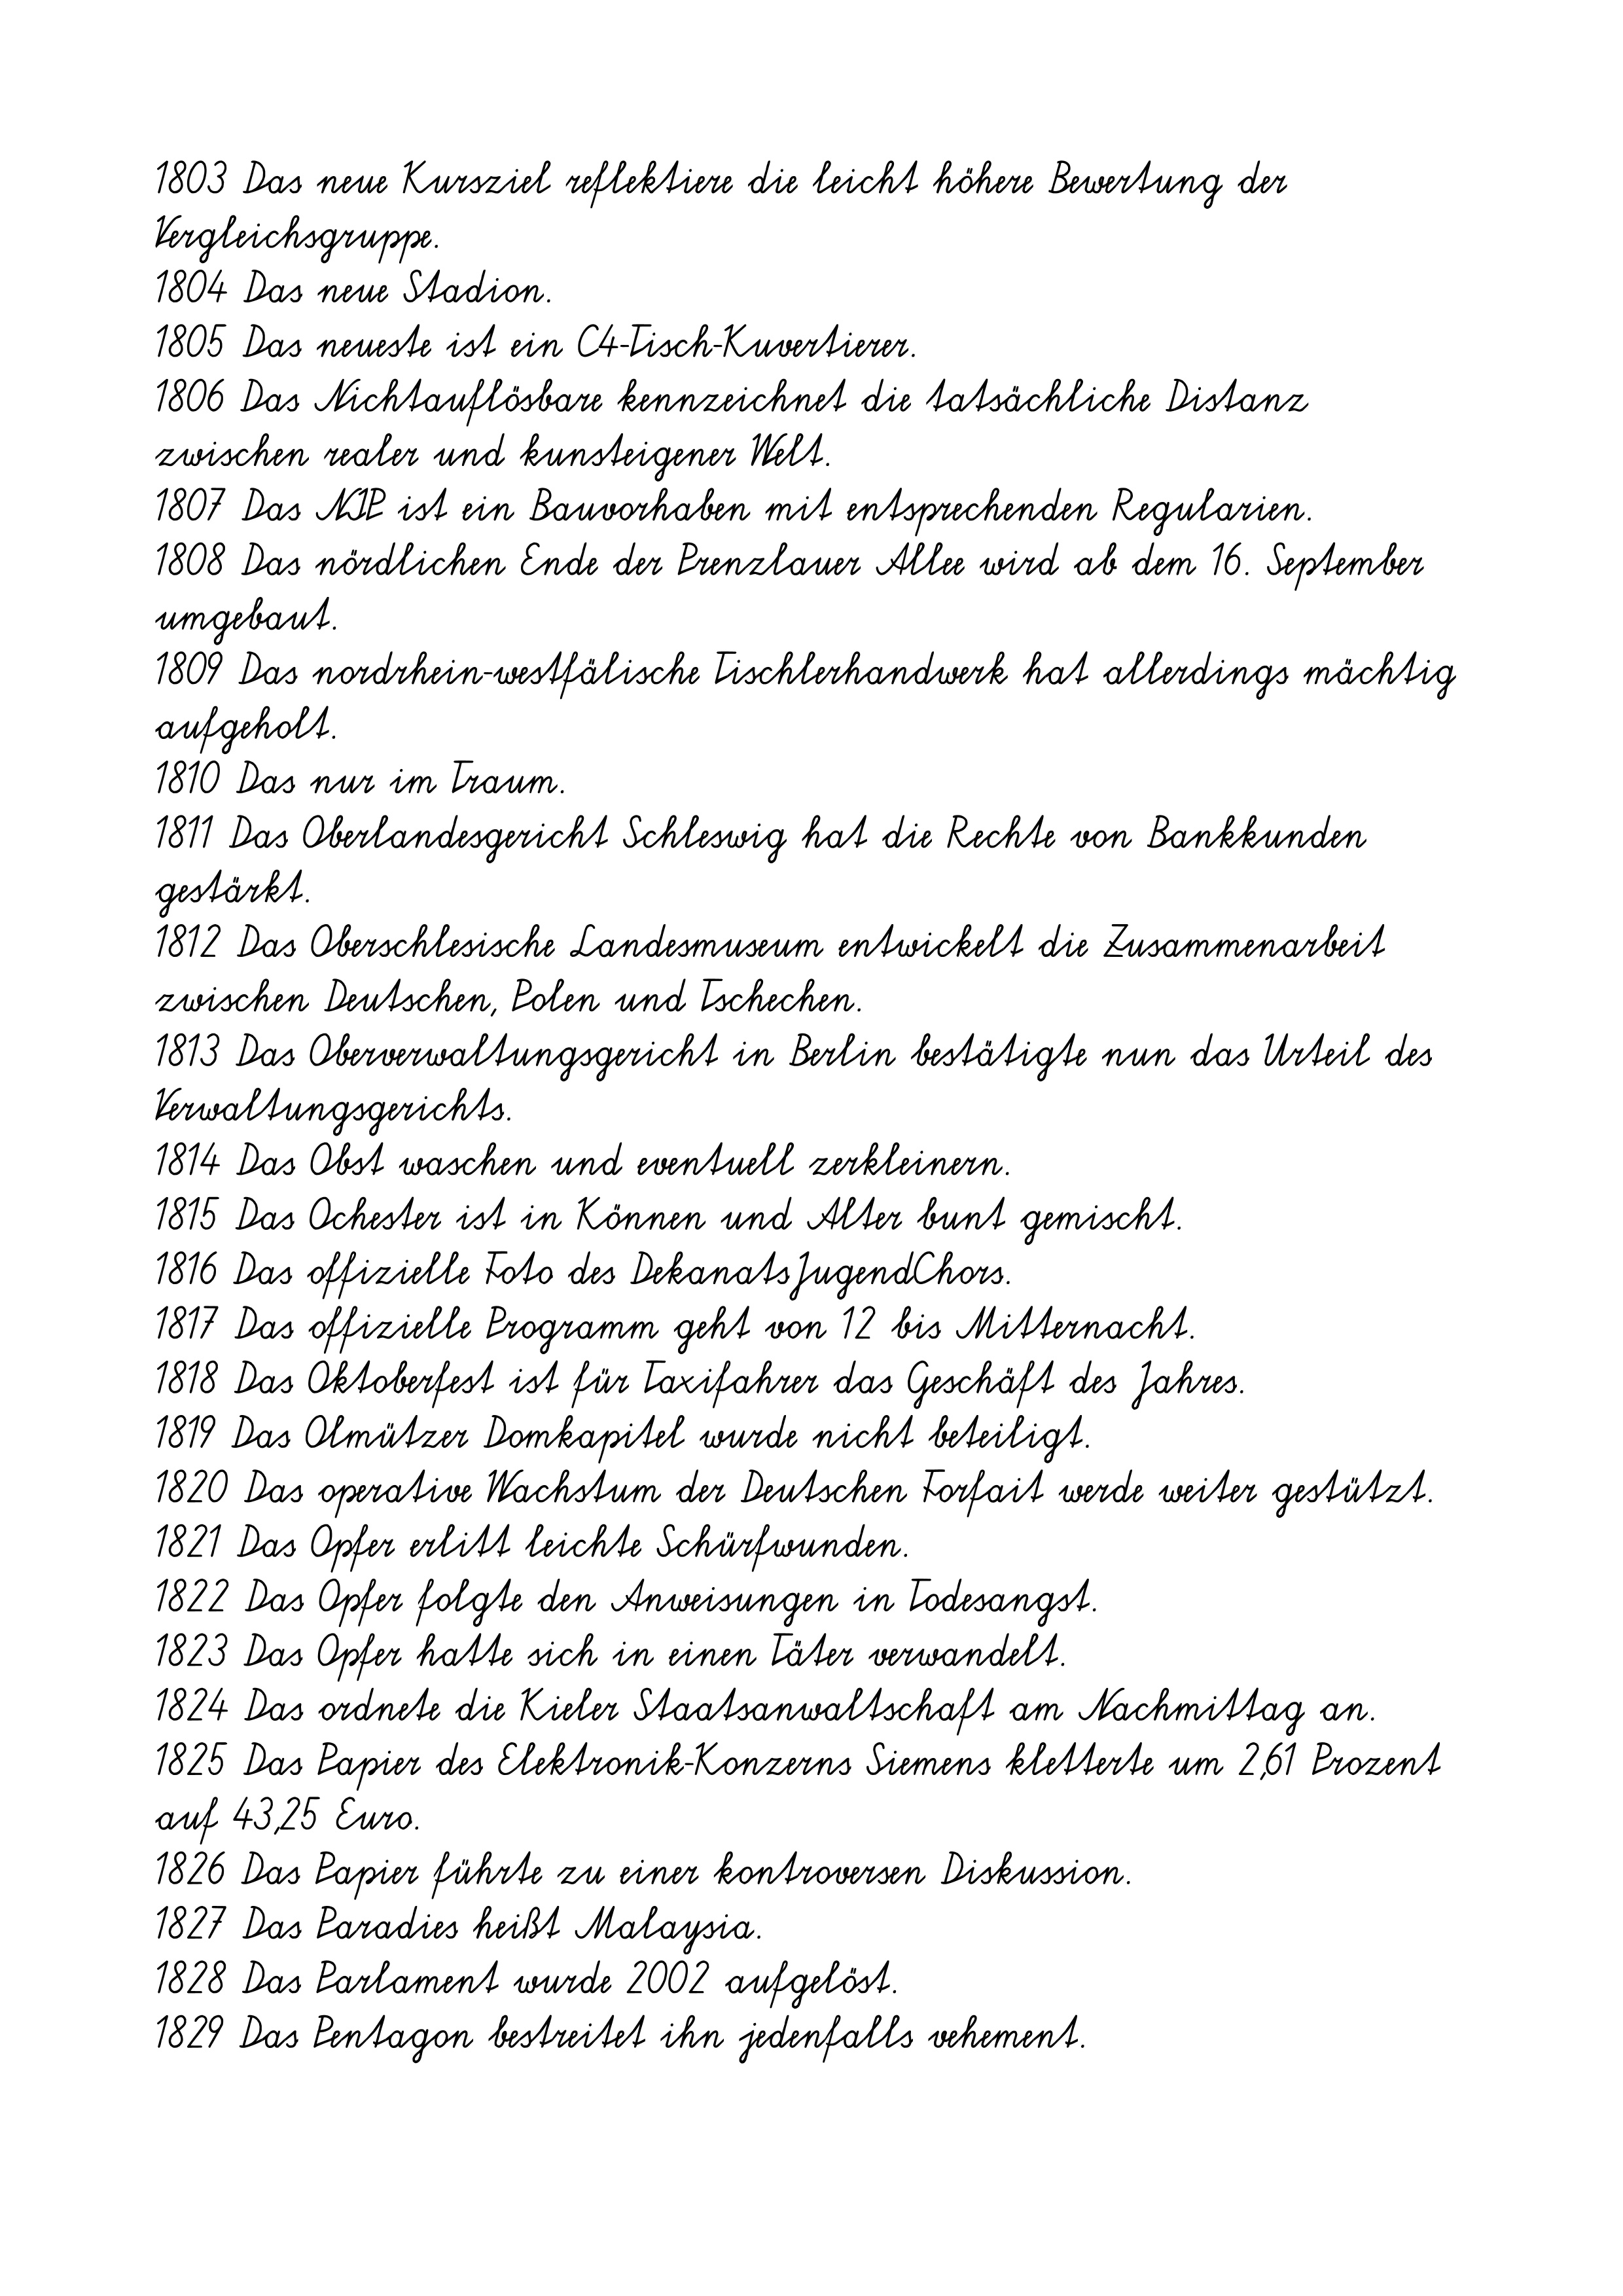
1803 Das neue Kursziel reflektiere die leicht höhere Bewertung der
Vergleichsgruppe.
1804 Das neue Stadion.
1805 Das neueste ist ein C4-Tisch-Kuvertierer.
1806 Das Nichtauflösbare kennzeichnet die tatsächliche Distanz
zwischen realer und kunsteigener Welt.
1807 Das NIP ist ein Bauvorhaben mit entsprechenden Regularien.
1808 Das nördlichen Ende der Prenzlauer Allee wird ab dem 16. September
umgebaut.
1809 Das nordrhein-westfälische Tischlerhandwerk hat allerdings mächtig
aufgeholt.
1810 Das nur im Traum.
1811 Das Oberlandesgericht Schleswig hat die Rechte von Bankkunden
gestärkt.
1812 Das Oberschlesische Landesmuseum entwickelt die Zusammenarbeit
zwischen Deutschen, Polen und Tschechen.
1813 Das Oberverwaltungsgericht in Berlin bestätigte nun das Urteil des
Verwaltungsgerichts.
1814 Das Obst waschen und eventuell zerkleinern.
1815 Das Ochester ist in Können und Alter bunt gemischt.
1816 Das offizielle Foto des DekanatsJugendChors.
1817 Das offizielle Programm geht von 12 bis Mitternacht.
1818 Das Oktoberfest ist für Taxifahrer das Geschäft des Jahres.
1819 Das Olmützer Domkapitel wurde nicht beteiligt.
1820 Das operative Wachstum der Deutschen Forfait werde weiter gestützt.
1821 Das Opfer erlitt leichte Schürfwunden.
1822 Das Opfer folgte den Anweisungen in Todesangst.
1823 Das Opfer hatte sich in einen Täter verwandelt.
1824 Das ordnete die Kieler Staatsanwaltschaft am Nachmittag an.
1825 Das Papier des Elektronik-Konzerns Siemens kletterte um 2,61 Prozent
auf 43,25 Euro.
1826 Das Papier führte zu einer kontroversen Diskussion.
1827 Das Paradies heißt Malaysia.
1828 Das Parlament wurde 2002 aufgelöst.
1829 Das Pentagon bestreitet ihn jedenfalls vehement.